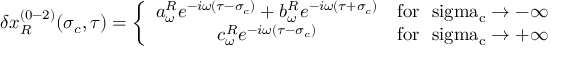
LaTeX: \delta x _ { R } ^ { ( 0 - 2 ) } ( \sigma _ { c } , \tau ) = \left\{ \begin{array} { c l } { { a _ { \omega } ^ { R } e ^ { - i \omega ( \tau - \sigma _ { c } ) } + b _ { \omega } ^ { R } e ^ { - i \omega ( \tau + \sigma _ { c } ) } } } & { { \mathrm { f o r ~ \ s i g m a _ { c } \rightarrow - \infty ~ } } } \\ { { c _ { \omega } ^ { R } e ^ { - i \omega ( \tau - \sigma _ { c } ) } } } & { { \mathrm { f o r ~ \ s i g m a _ { c } \rightarrow + \infty ~ } } } \end{array} \right.